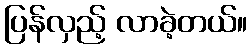
ပြန်လှည့် လာခဲ့တယ်။